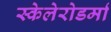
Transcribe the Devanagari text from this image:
स्केलेरोडर्मा